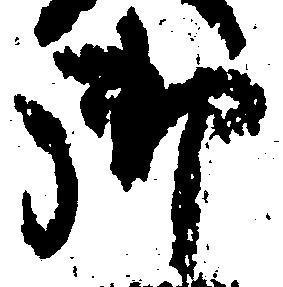
御